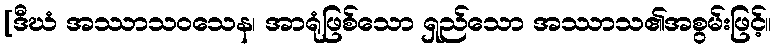
[ဒီဃံ အဿာသဝသေန၊ အာရုံဖြစ်သော ရှည်သော အဿာသ၏အစွမ်းဖြင့်။